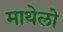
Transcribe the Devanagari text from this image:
माथेलो